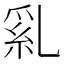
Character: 乿